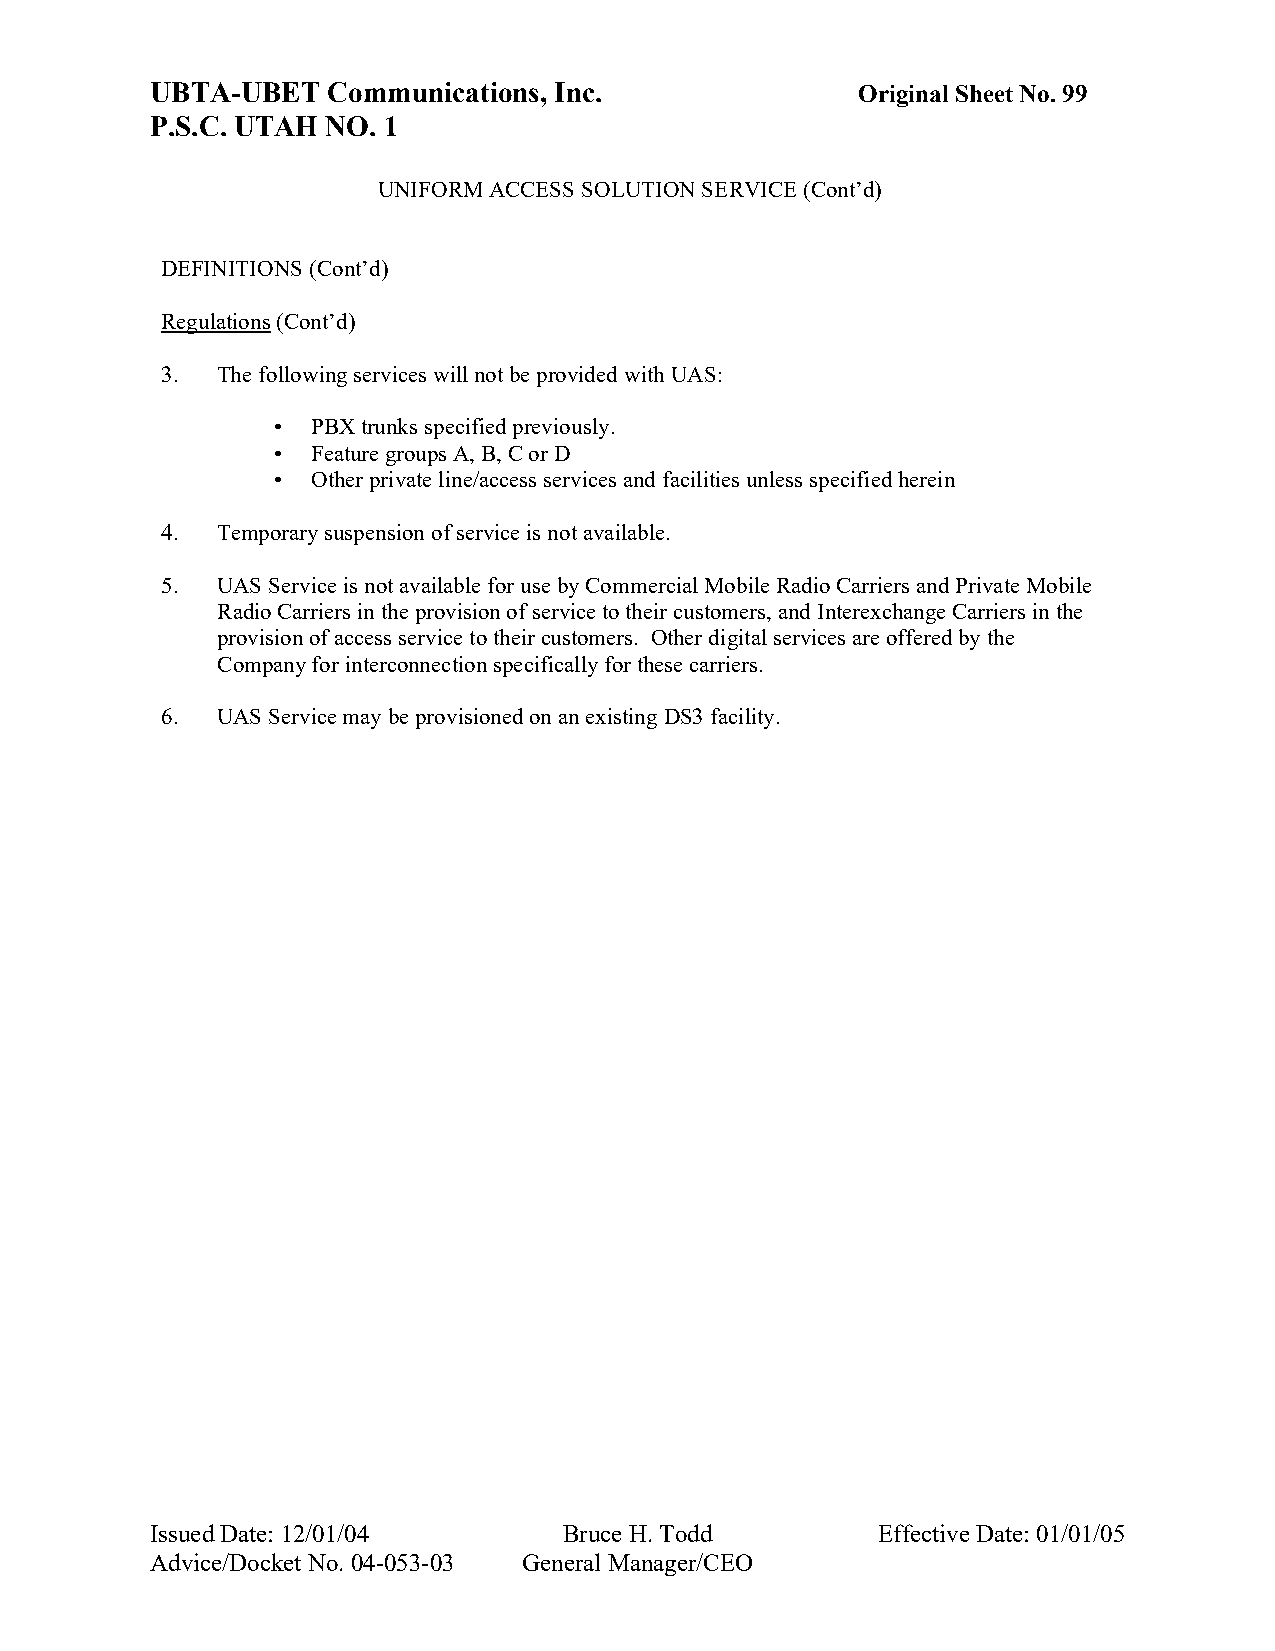
UBTA-UBET   Communications, Inc.               Original Sheet No. 99
 P.S.C. UTAH NO. 1
 UNIFORM ACCESS SOLUTION SERVICE (Cont’d)
 DEFINITIONS (Cont’d)
 Regulations (Cont’d)
 3. The following services will not be provided with UAS:
 •  PBX trunks specified previously.
 •  Feature groups A, B, C or D
 •  Other private line/access services and facilities unless specified herein
 4. Temporary suspension of service is not available.
 5. UAS Service is not available for use by Commercial Mobile Radio Carriers and Private Mobile
 Radio Carriers in the provision of service to their customers, and Interexchange Carriers in the
 provision of access service to their customers. Other digital services are offered by the
 Company for interconnection specifically for these carriers.
 6. UAS Service may be provisioned on an existing DS3 facility.
 Issued Date: 12/01/04      Bruce H. Todd        Effective Date: 01/01/05
 Advice/Docket No. 04-053-03 General Manager/CEO